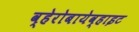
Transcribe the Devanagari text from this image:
व्हेरोबायेव्हाइट